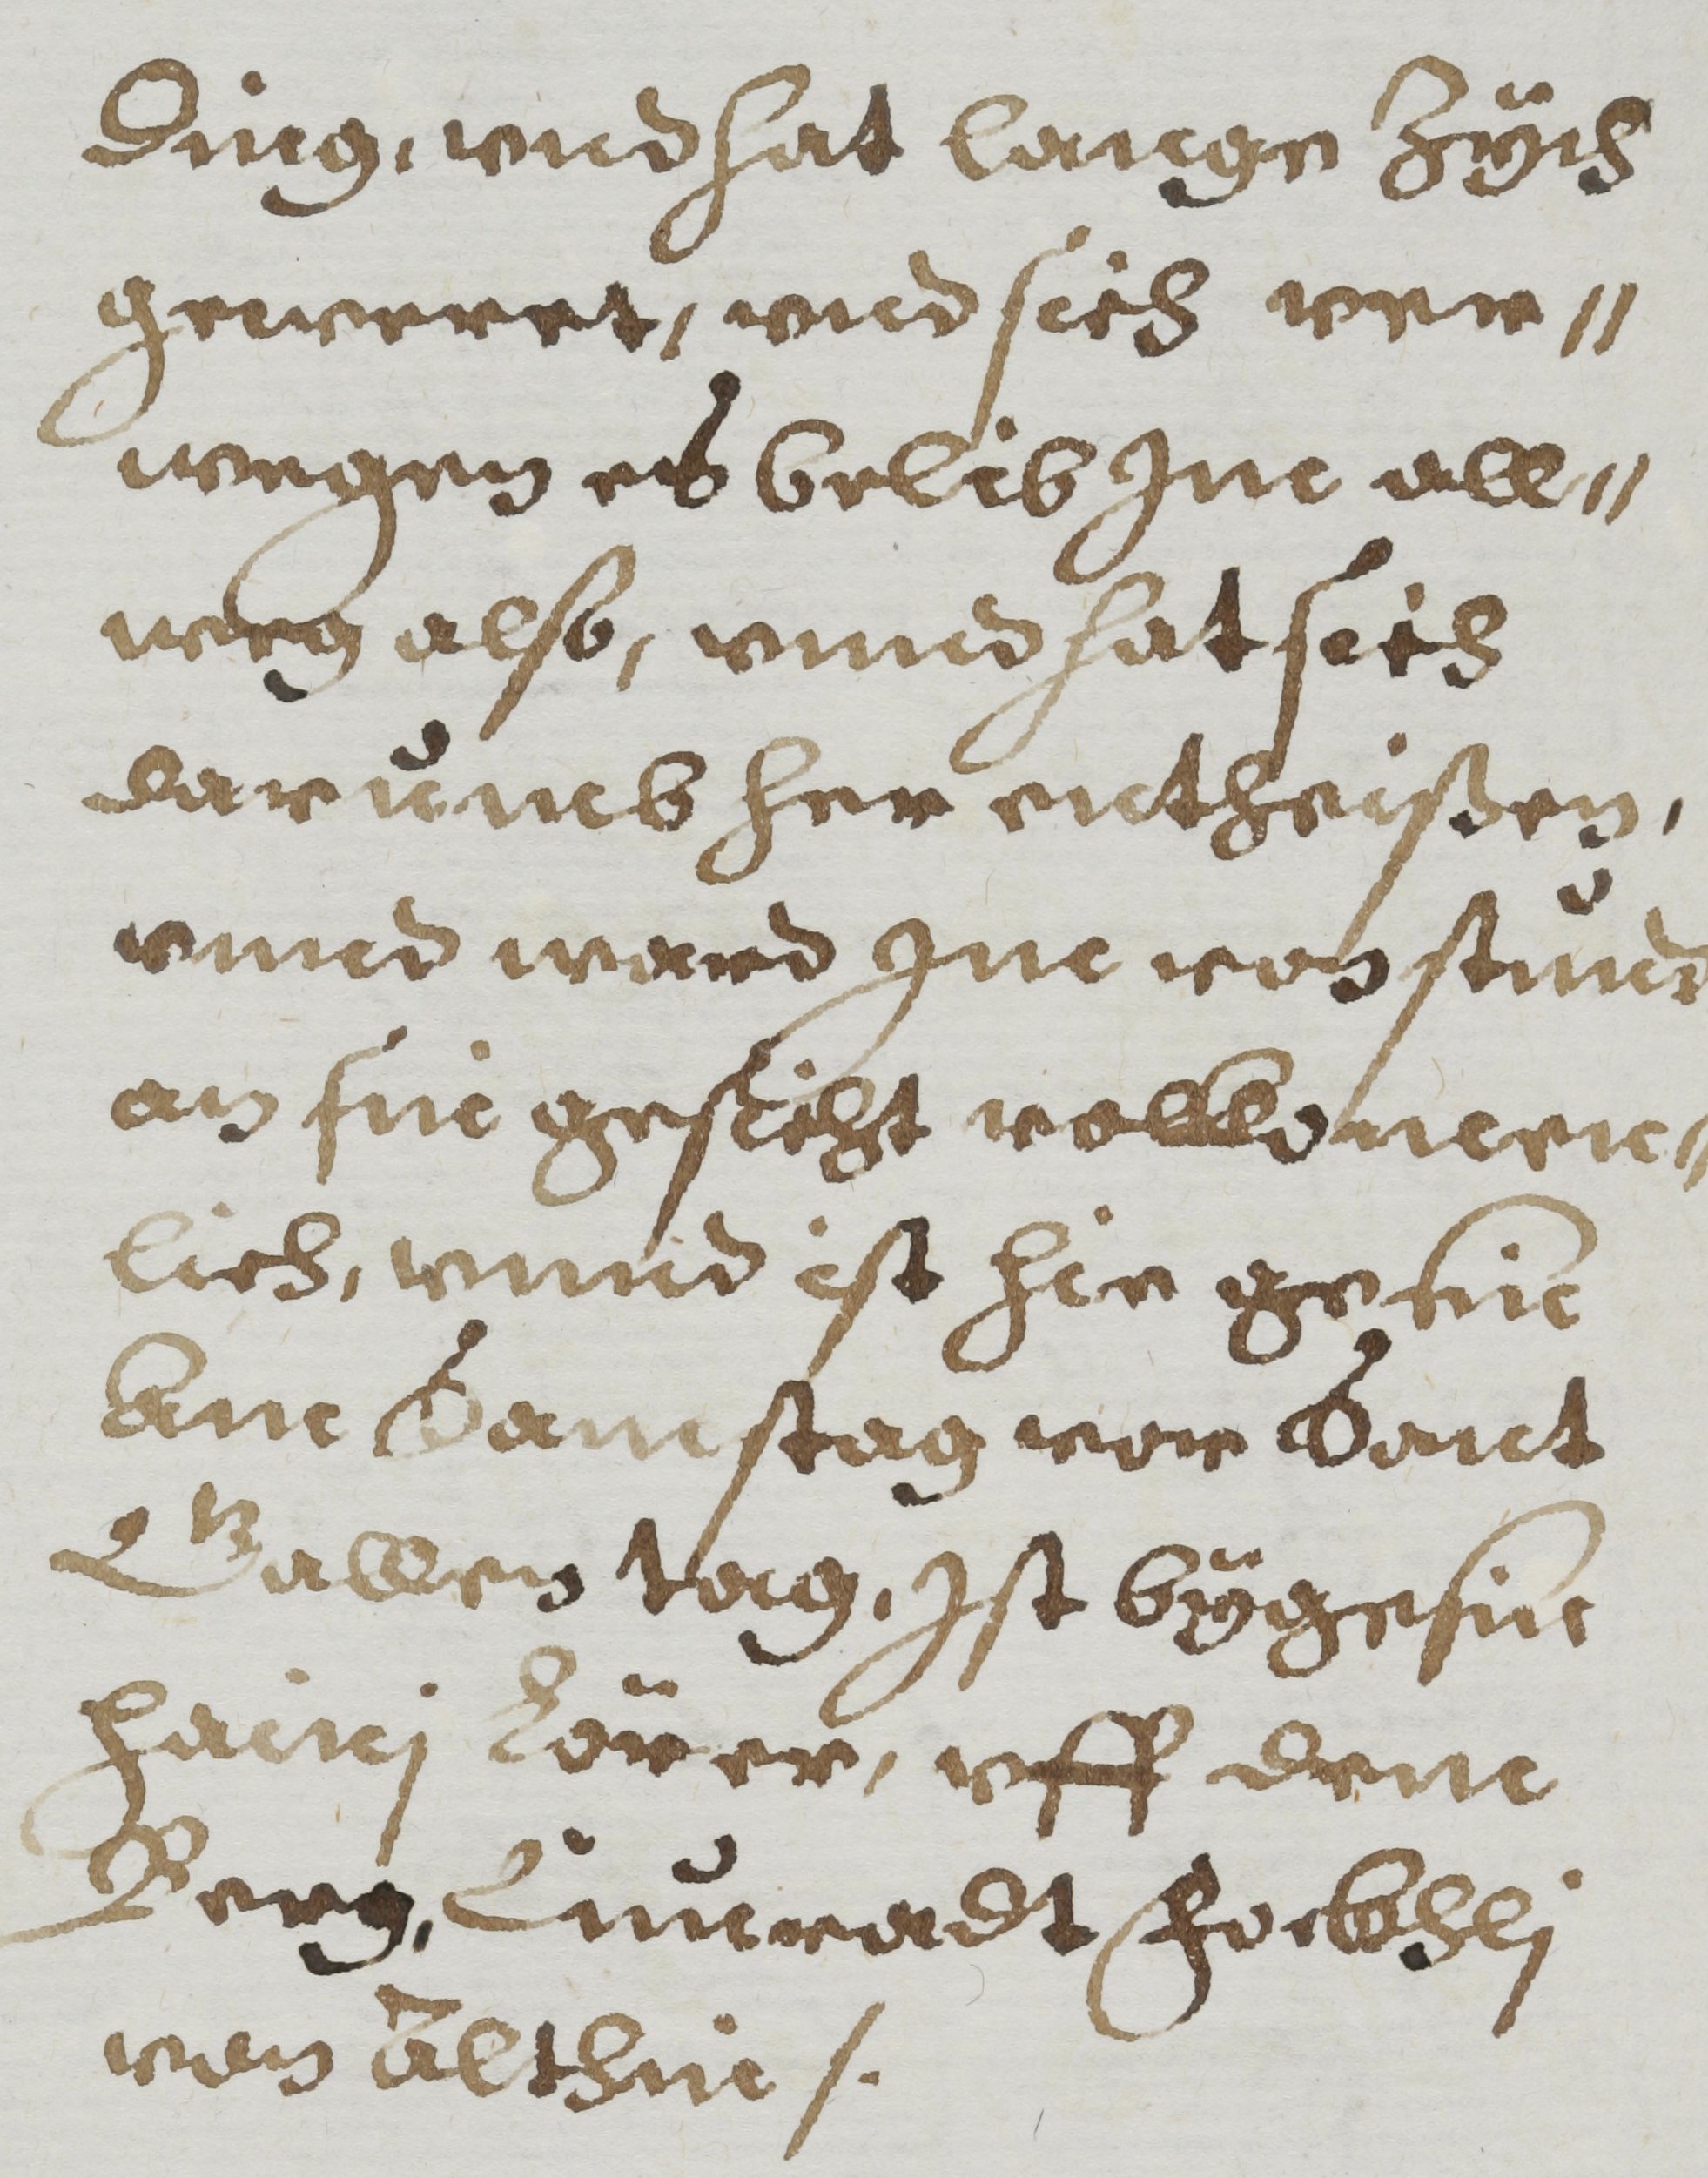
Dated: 1608–1608